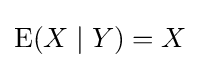
\operatorname {E} (X\mid Y)=X